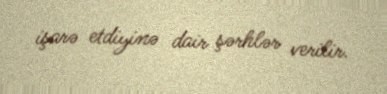
işarə etdiyinə dair şərhlər verilir.